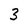
Character: 3